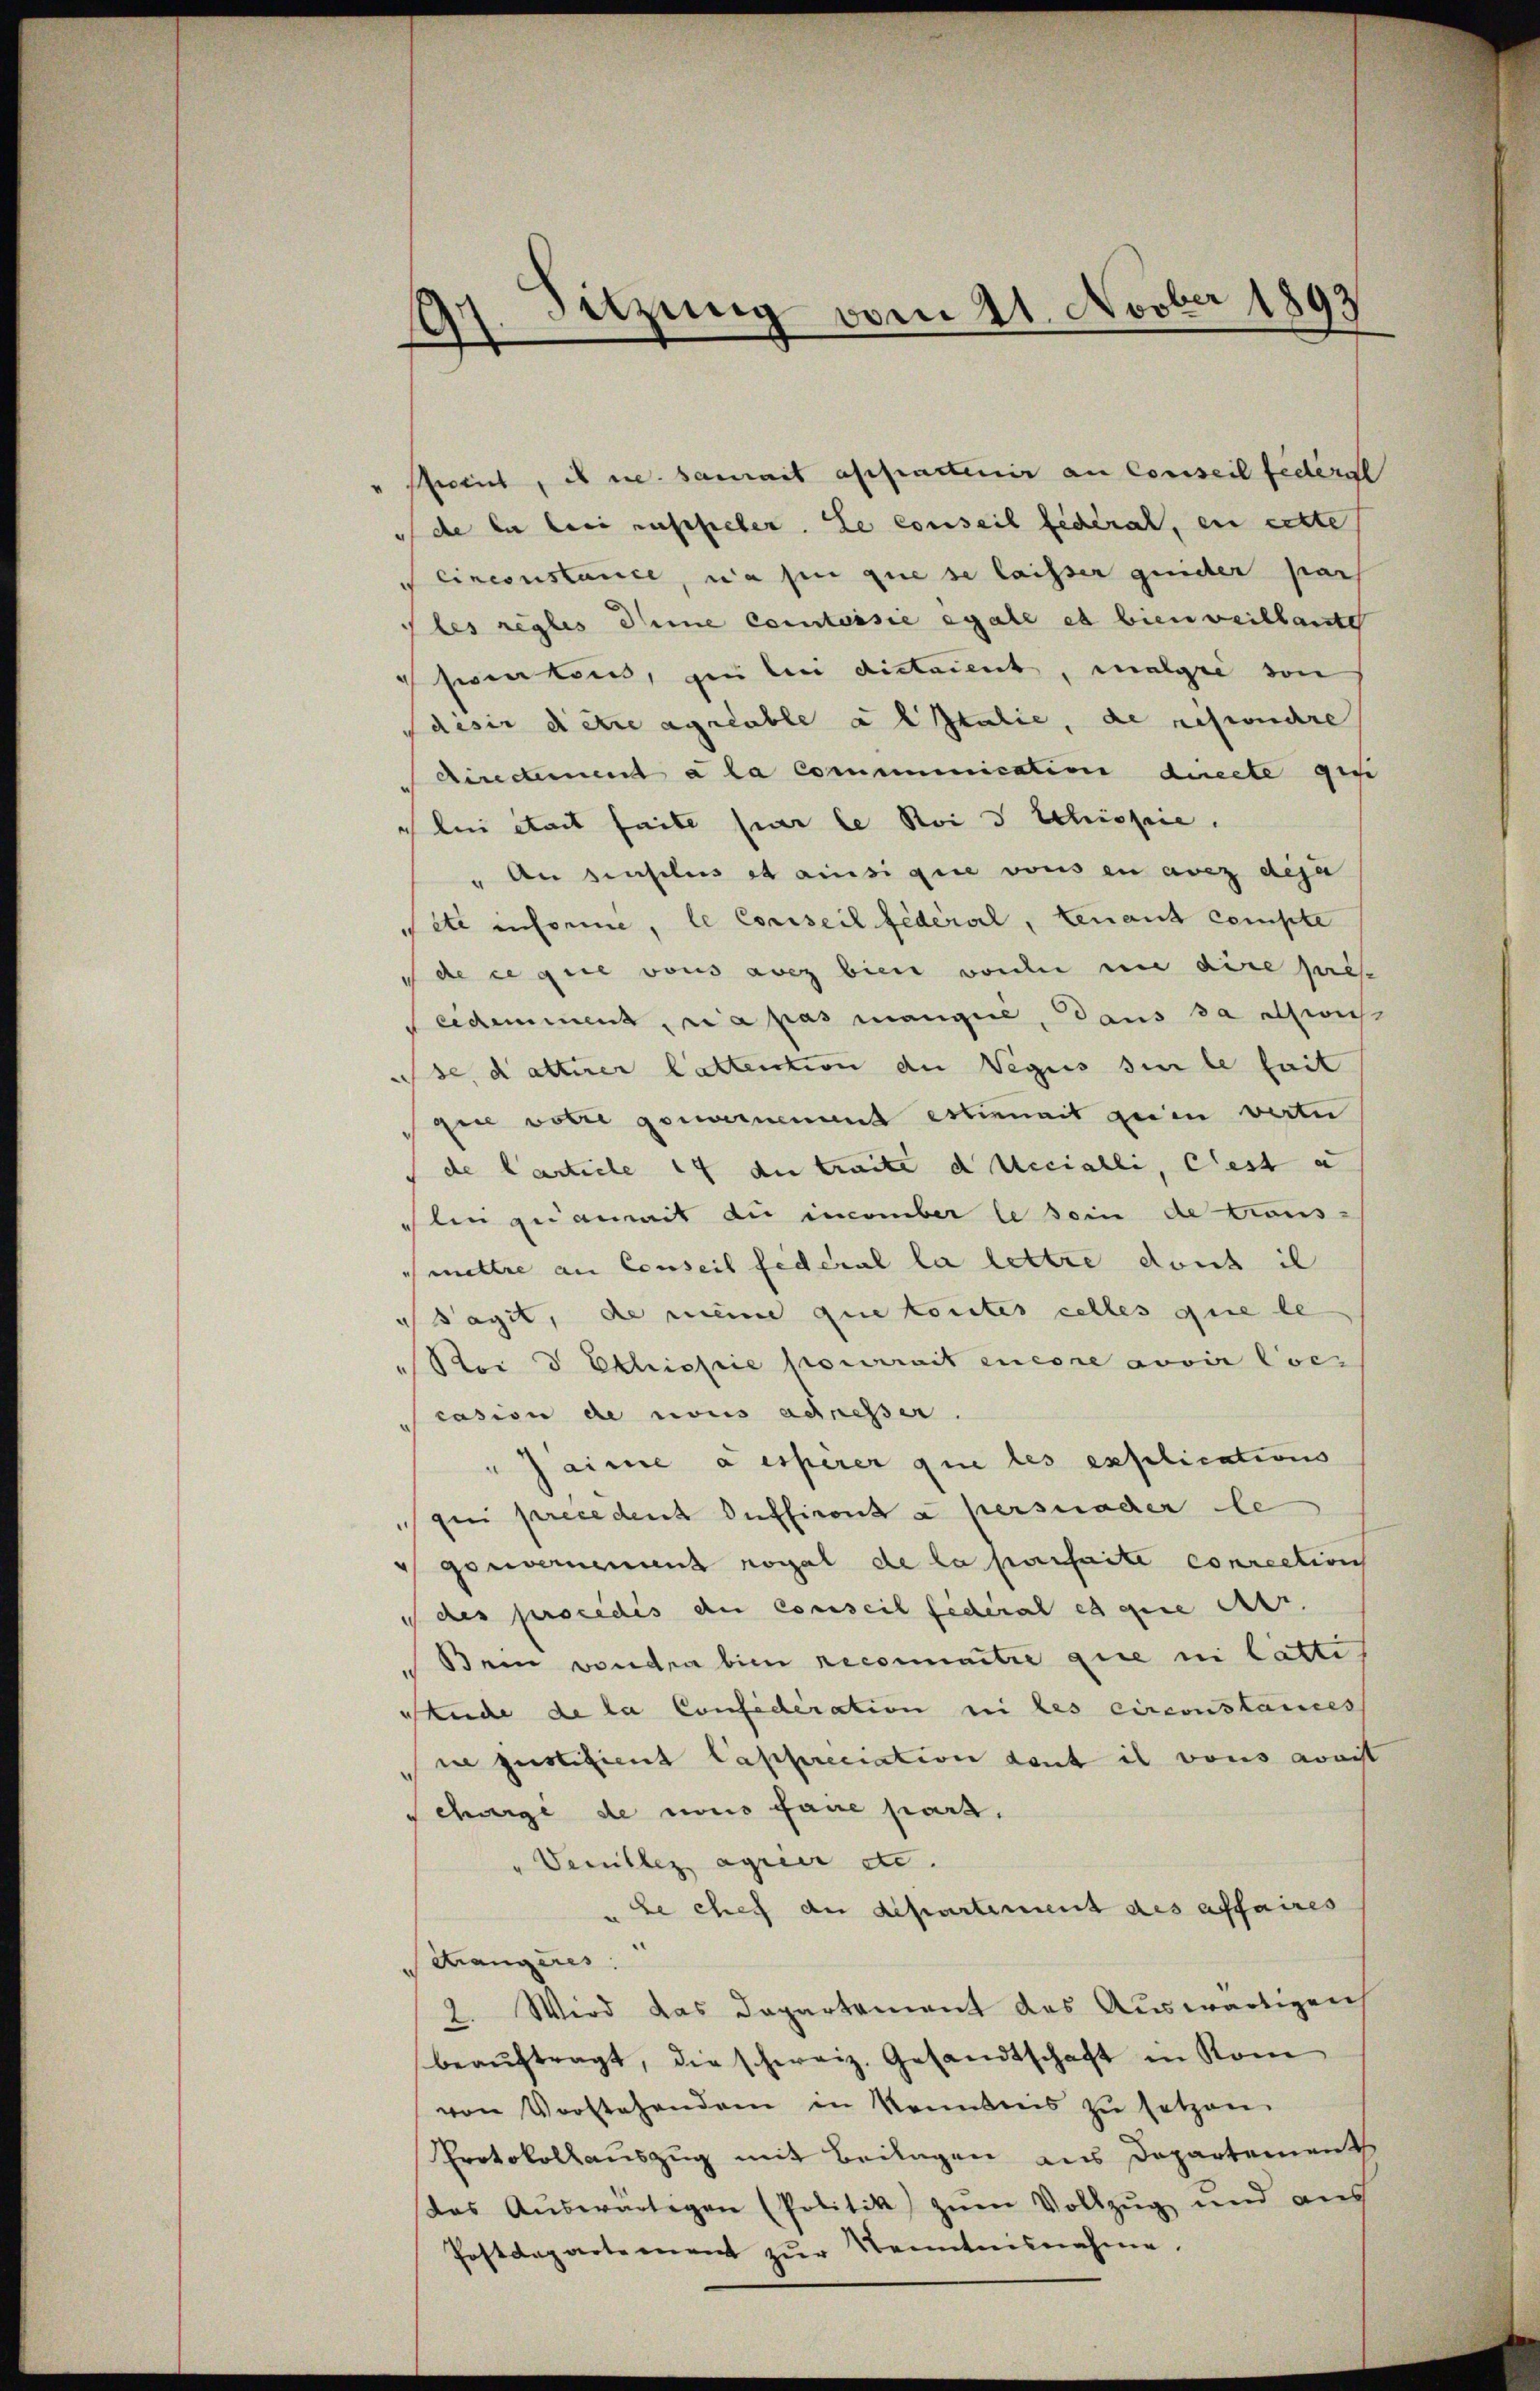
" schweil, es ne saurait appartenir an Conseil federgl
 de la bei ausfieler. Le conseil fédéral, en cette
Cinconstance, wo sin que se laisser guider pass
Ples règles Deine Comtessie egale es bienweillante
srentens, in bei dictament, malgie von
disir dette ageable altalie, de respondre
directement à la communication directe gesi
lui était faite par le Nois Schisse.
" An dieselis et ainsignie vons en ausz deja
ete informe, le Conseil fédéral, tenant compte
de ce que vous anez bien worden in dire pres
eidemment, ni a pas mange, dans da allwich
se, dattirer Cattention der Veges sie le fait
gin votie genommenend estimmat gerin verter
de Carticle 14 du traite d Uecialli, est u
elin gedanmit du incember le sein de trous-
mettre an Conseil federal la lettre dont il
 Sagit, die meine que toutes celles que le
Soi d Ethisie pourrait encore avoir loes
casion de nous adresser
"Jaime a espère que les explications
pui precedent suffiront à persuader le
 gouvernement royal de la perseite conrection
des procedis der Conseil federal es gere Art.
Bein voudra bien reconnaitre que i lattis
skinde de la Confideration ni les circonstances
ie justizient lasserciation dent il vons avait
Schweige de nous faire part,
" Venillez agrier etc.
Le chef an Departement des affaires
Krangeres.
2. Wird das Departement das Auswärtigen
beaŭftragt, die schweiz. Gesandtschaft in Kom
von Vorstehenden in Kenntnis zŭ setzen.
Protokollauszug mit Beilagen aus Departement
das Aŭswärtigen (Politik zŭm Vollzŭg und aus
Postdepartement zŭr Kenntnisnahme.

Sitzung vom 21. Novber 1893
e
.